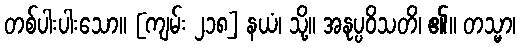
တစ်ပါးပါးသော။ [ကျမ်း ၂၁၈] နယံ၊ သို့။ အနုပ္ပဝိသတိ၊ ၏။ တသ္မာ၊